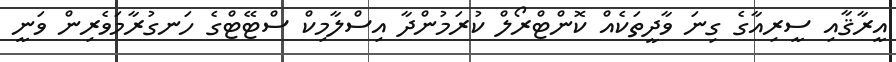
އީރާޤާއި ސީރިއާގެ ގިނަ ވާދީތަކެއް ކޮންޓްރޯލް ކުރަމުންދާ އިސްލާމިކް ސްޓޭޓްގެ ހަނގުރާމަވެރިން ވަނީ